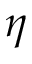
\eta